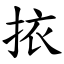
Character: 挔